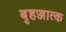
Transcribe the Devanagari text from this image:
बृहज्जात्क